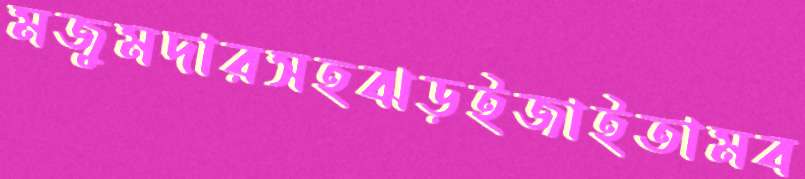
মজুমদারসহঝড়ইজাইতামব